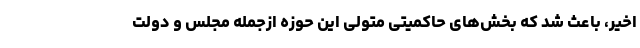
اخير، باعث شد كه بخش‌های حاكميتی متولی اين حوزه ازجمله مجلس و دولت